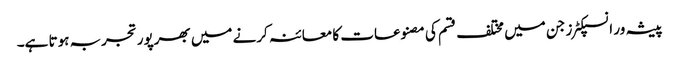
پیشہ ور انسپکٹرز جن میں مختلف قسم کی مصنوعات کا معائنہ کرنے میں بھرپور تجربہ ہوتا ہے۔